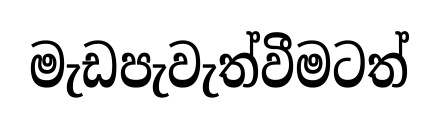
මැඩපැවැත්වීමටත්